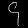
Digit: ၄